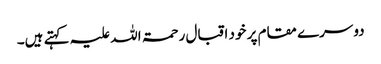
دوسرے مقام پر خود اقبال رحمۃ اللہ علیہ کہتے ہیں۔